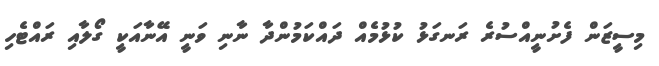
މިސީޒަން ފެށުނީއްސުރެ ރަނގަޅު ކުޅުމެއް ދައްކަމުންދާ ނާނި ވަނީ އޭނާއަކީ ގޯލާއި ރައްޓެހި